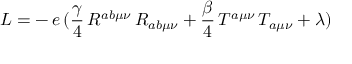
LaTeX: { \cal { L } } = - \, e \, ( \frac { \gamma } { 4 } \, R ^ { a b \mu \nu } \, R _ { a b \mu \nu } + \frac { \beta } { 4 } \, T ^ { a \mu \nu } \, T _ { a \mu \nu } + \lambda )